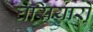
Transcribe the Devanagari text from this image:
घसियारों